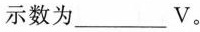
示数为___V。